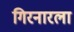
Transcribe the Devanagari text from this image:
गिरनारला